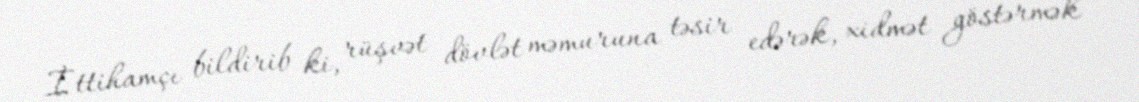
İttihamçı bildirib ki, rüşvət dövlət məmuruna təsir edərək, xidmət göstərmək